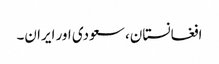
افغانستان، سعودی اور ایران۔